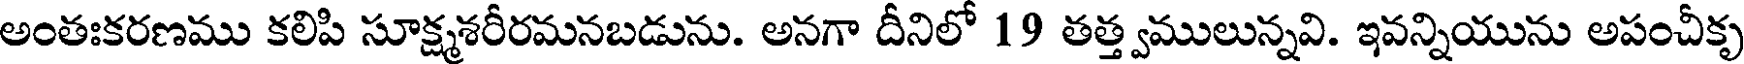
అంతఃకరణము కలిపి సూక్ష్మశరీరమనబడును. అనగా దీనిలో 19 తత్త్వములున్నవి. ఇవన్నియును అపంచీకృ